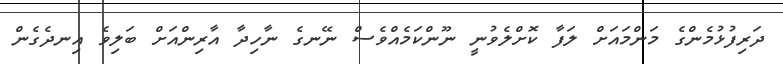
ދަރިފުޅުމެންގެ މަންމައަށް ލަފާ ކޮށްލެވުނީ ނޫންކަމެއްވެސް ނޭނގެ ނާހިދާ އާރިންއަށް ބަލިވެ އިނދެގެން